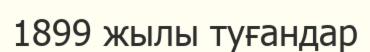
1899 жылы туғандар